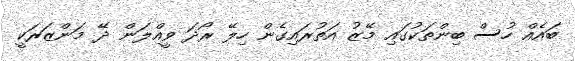
ބައެއް ހުސް ބިންތަކުގައި މޭޒު އަތުރައިގެން ހިލޭ ރޯދަ ވީއްލަން ދޭ މަންޒަރަކީ